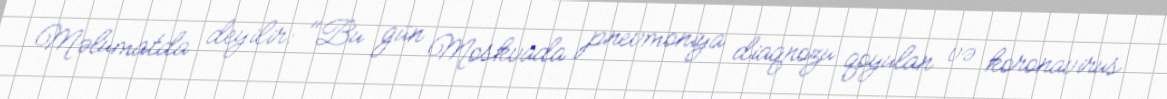
Məlumatda deyilir: "Bu gün Moskvada pnevmoniya diaqnozu qoyulan və koronavirus